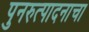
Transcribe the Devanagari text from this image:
पुनरुत्पादनाचा